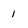
Character: 1